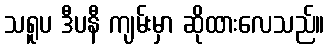
သရူပ ဒီပနီ ကျမ်းမှာ ဆိုထားလေသည်။